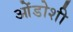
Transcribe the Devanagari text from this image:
ओंडोशी